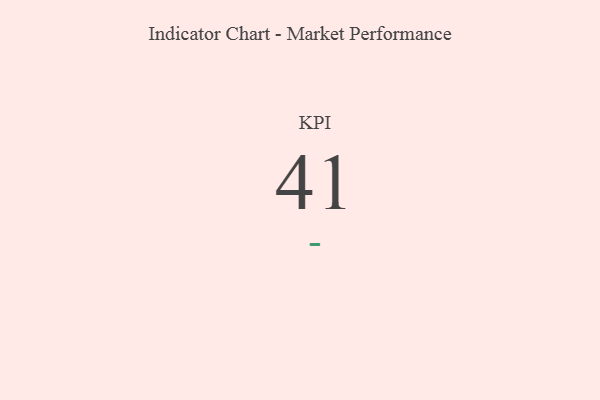
{"axis": {"x": "KPI", "y": "Value"}, "legend": [""], "data": [{"x": "KPI", "y": 41, "type": ""}]}